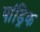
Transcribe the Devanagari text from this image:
पांड्रिक